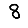
Digit: 8